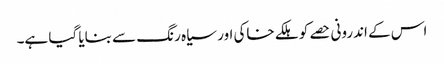
اس کے اندرونی حصے کو ہلکے خاکی اور سیاہ رنگ سے بنایا گیا ہے۔